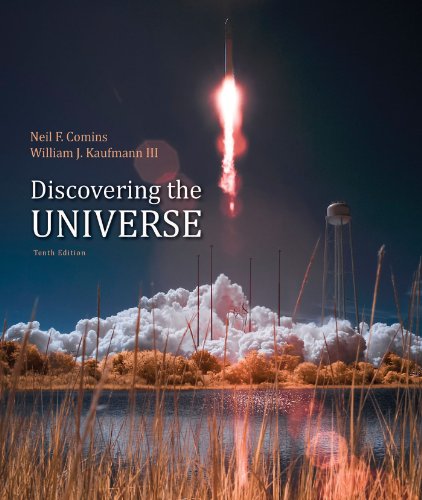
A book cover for Discovering the Universe; Neil F. Comins; Science & Math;